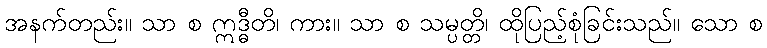
အနက်တည်း။ သာ စ ဣဒ္ဓီတိ၊ ကား။ သာ စ သမ္ပတ္တိ၊ ထိုပြည့်စုံခြင်းသည်။ သော စ